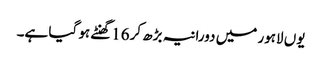
یوں لاہور میں دورانیہ بڑھ کر16گھنٹے ہو گیا ہے۔